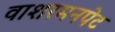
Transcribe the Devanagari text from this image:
वाशरमनपेट